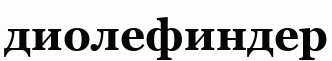
диолефиндер